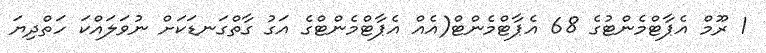
1 ރޫމް އެޕާޓްމެންޓުގެ 68 އެޕާޓްމެންޓް(އެއް އެޕާޓްމެންޓްގެ އަގު ގާތްގަނޑަކަށް ނުވަލައްކަ ހަތްދިޔަ